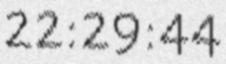
22:29:44